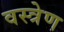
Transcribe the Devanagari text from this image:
वस्त्रेण